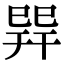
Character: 𢁅